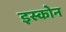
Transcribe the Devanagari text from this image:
इस्कोन